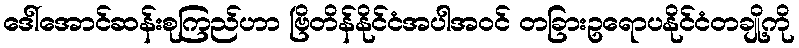
ဒေါ်အောင်ဆန်းစုကြည်ဟာ ဗြိတိန်နိုင်ငံအပါအဝင် တခြားဥရောပနိုင်ငံတချို့ကို